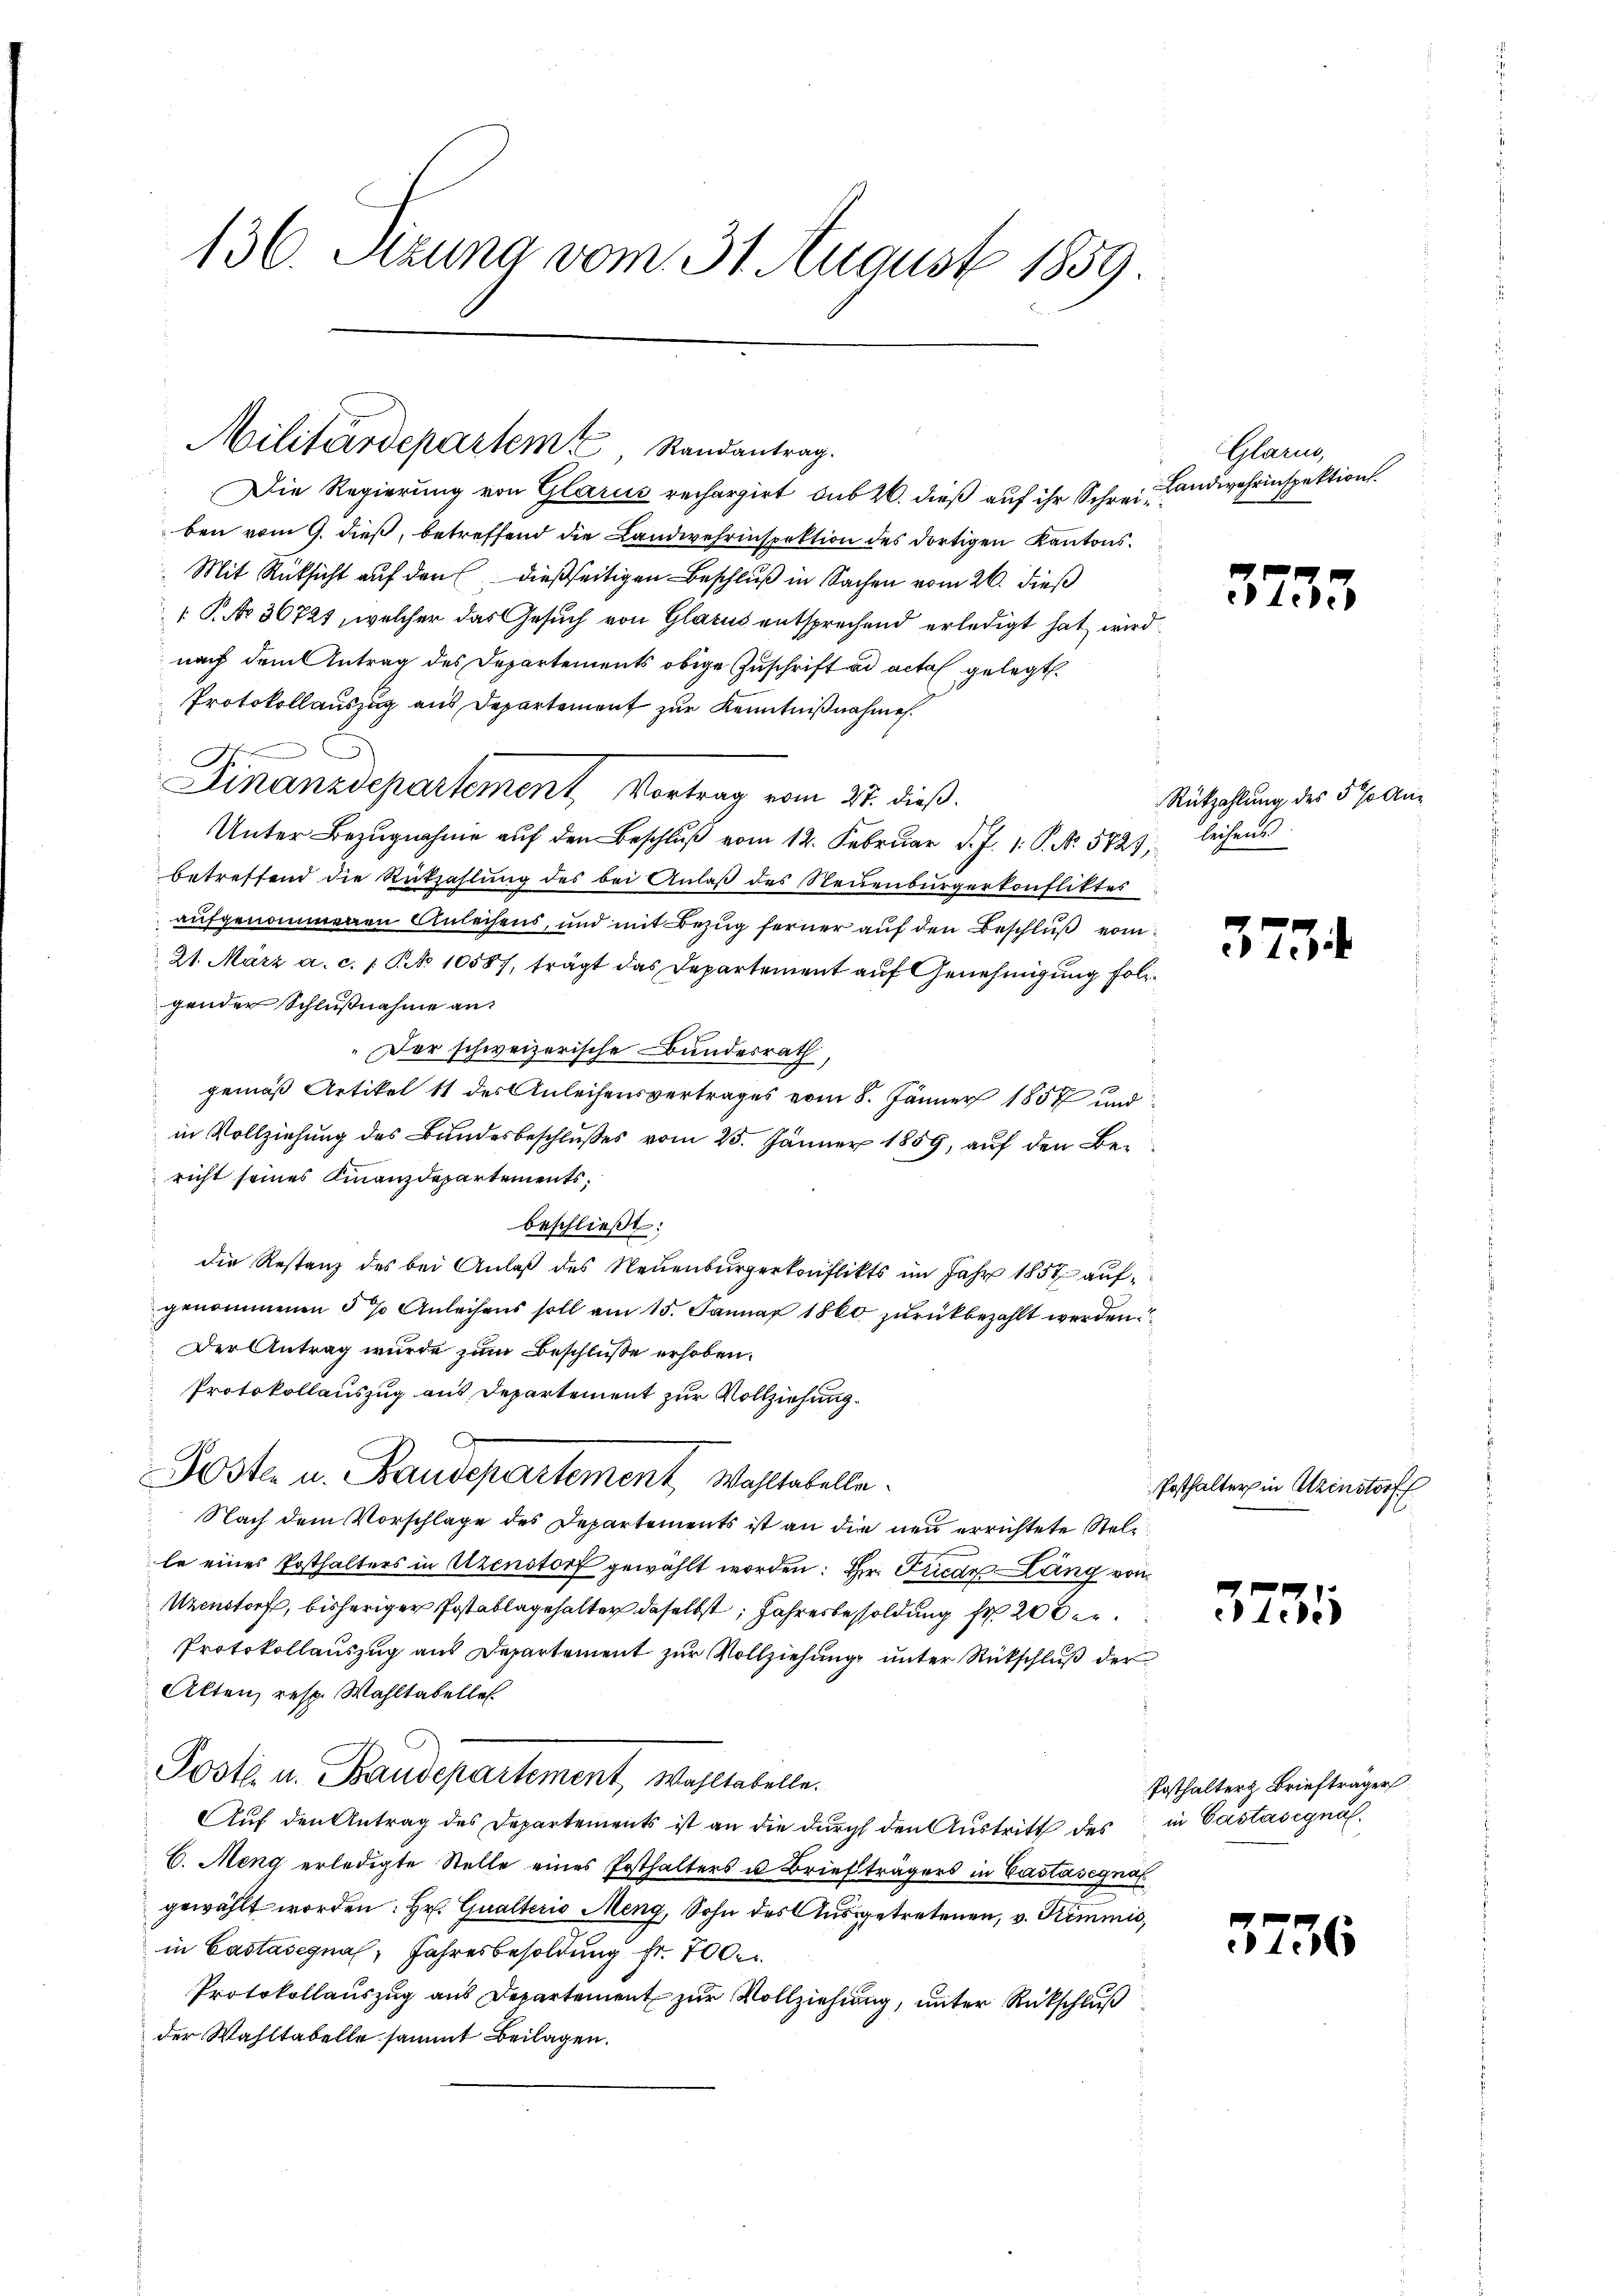
136. Setzung vom 31. August 1859.

Die Regierung von Glarus rechargirt sub 20. dieß auf ihr Schrei- Landwehrinspektion.
ben vom 9. dieß, betreffend die Landwehrinspektion des dortigen Kantons¬
Mit Rüksicht auf den dießseitigen Beschluß in Sachen vom 26. dieß
 P. No 36721, welcher das Gesuch von Glarus entsprechend erledigt hat wird
nach dem Antrag des Departements obige Zuschrift ad acta gelegt.
Protokollauszug aus Departement zur Kenntnißnahmen.
A.
Finanzdepartement Vortrag vom 27. dieß.
Unter Bezŭgnahme aŭf den Beschlŭβ vom 12. Febrŭar d. J. 1. P. No. 5727; leihens
betreffend die Rützahlung des bei Anlaß des Neuenburgerkonfliktes
aufgenommenen Anleihens, und mit Bezug ferner auf den Beschluß vom
21. März a. c. 1 Pk 10587, trägt das Departement auf Genehmigung folgender Schlußnahme an
" Der schweizerische Bundesrath,
gemäß Artikel 11 des Anleihensvertrages vom 8. Jänner 1857 und
in Vollziehung des Bundesbeschlußes vom 25. Jänner 1859, auf den Bericht seines Finanzdepartements;
beschließt:
die Restanz des bei Anlaß des Neuenburgerkonflikts im Jahr 1857 aufgenommenen 5 % Anleihens soll am 15. Januar 1860 zurückbezahlt werden.
Der Antrag wurde zum Beschluße erhoben.
Protokollauszug aus Departement zur Vollziehung.
Posten u. Baudepartement, Wahlabelle.
Nach dem Vorschlage des Departements ist an die neu errichtete Stelle eines Posthalters in Axenstorf gewählt worden: Hr. Friede Lang von
Uenstorf, bisheriger Postablagehalter daselbst, Jahresbesoldung fr 20 de
Protokollauszug aus Departement zur Vollziehung unter Rückschluß der
Alten, resp. Wahltabelle
Post u. Baudepartement Wahltabelle.
Auf den Antrag des Departements ist an die durch den Austritt des
C. Meng erledigte Stelle eines Posthalters u. Briefträgers in Castasignal
gewählt worden: Hr. Qualterio Meng, Sohn des Ausgetretenen, v. Kimmis
in Castasegna, Jahresbesoldung fr. 700.
Protokollauszug aus Departement zur Vollziehung, unter Rückschluß
der Wahltabelle sammt Beilagen.

f
Militärdepartem Randantrag.

Glan

d.

e
eltere

Rükzahlung des 5 % An

373

Posthalter in Utzinstorf

3735

Posthalter Briefträger
in Castasignal.

5736